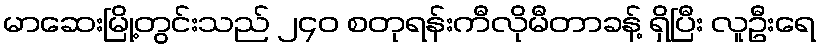
မာဆေးမြို့တွင်းသည် ၂၄၀ စတုရန်းကီလိုမီတာခန့် ရှိပြီး လူဦးရေ